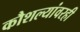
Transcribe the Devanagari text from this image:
कौशल्यांवरही